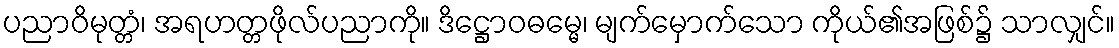
ပညာဝိမုတ္တံ၊ အရဟတ္တဖိုလ်ပညာကို။ ဒိဋ္ဌောဝဓမ္မေ၊ မျက်မှောက်သော ကိုယ်၏အဖြစ်၌ သာလျှင်။